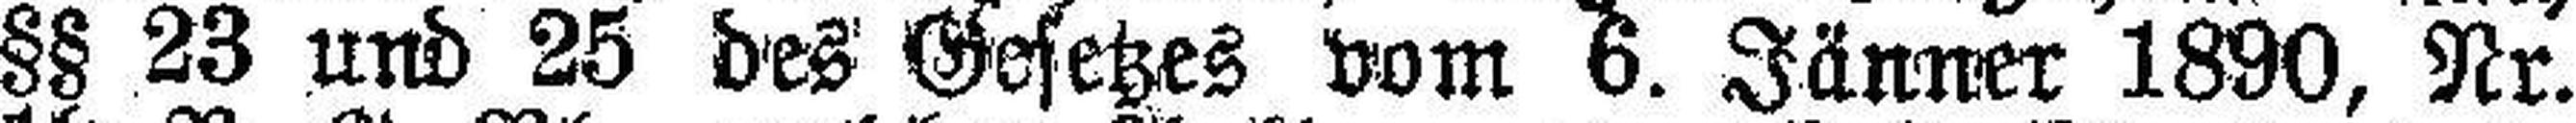
§§ 23 und 25 des Gesetzes vom 6. Jänner 1890, Nr.